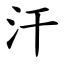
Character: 汗